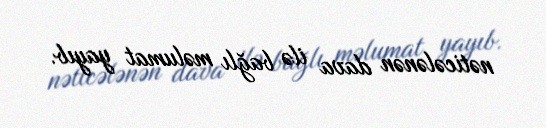
nəticələnən dava ilə bağlı məlumat yayıb.